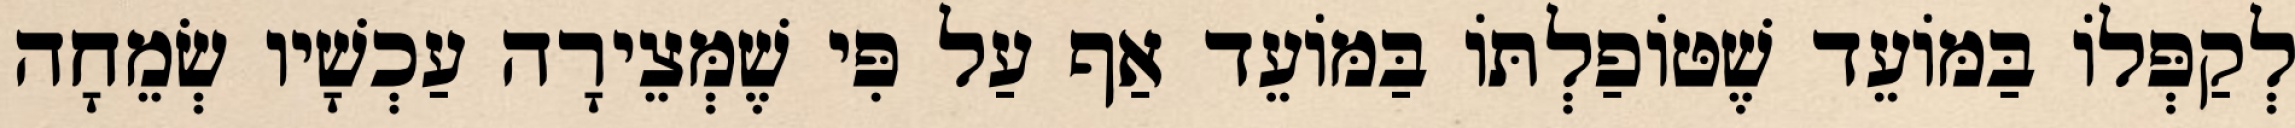
לְקַפְּלוֹ בַּמּוֹעֵד שֶׁטּוֹפַלְתּוֹ בַּמּוֹעֵד אַף עַל פִּי שֶׁמְּצֵירָה עַכְשָׁיו שְׂמֵחָה